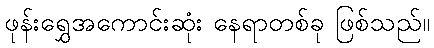
ဖုန်းရွှေအကောင်းဆုံး နေရာတစ်ခု ဖြစ်သည်။